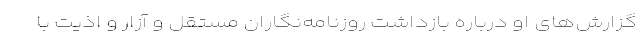
گزارش‌های او درباره بازداشت روزنامه‌نگاران مستقل و آزار و اذیت با